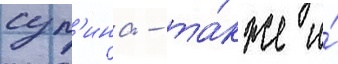
суп'ина - та́кже и́